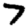
Digit: 7